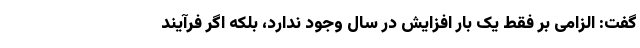
گفت: الزامی بر فقط یک بار افزایش در سال وجود ندارد، بلکه اگر فرآیند